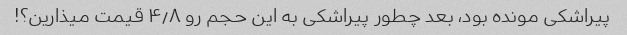
پیراشکی مونده بود، بعد چطور پیراشکی به این حجم رو ۴٫۸ قیمت میذارین؟!